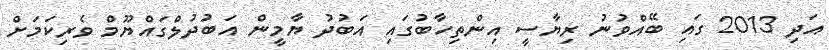
އަދި 2013 ގައި ބޭއްވުނު ރިޔާސީ އިންތިހާބުގައި އަބުދު ޔާމީން އަބުދުލްގައްޔޫމް ވެރިކަމަށް